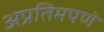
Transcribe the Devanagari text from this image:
अप्रतिमपणे